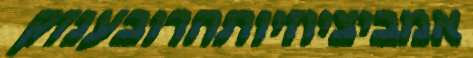
אמביציוזיותהרובענזק